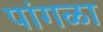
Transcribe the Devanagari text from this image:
पांगळा